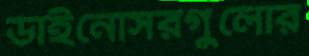
ডাইনোসরগুলোর